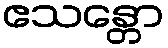
ဧသန္တော